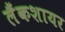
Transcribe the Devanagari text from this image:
लैंकशायर